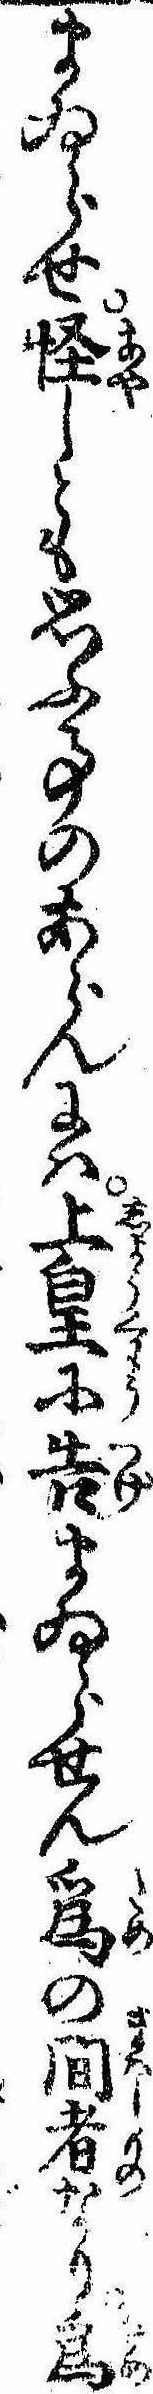
まゐらせ怪しとも思ふ事のあらんには上皇に告まゐらせん為の間者なり為